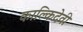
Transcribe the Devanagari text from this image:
काल्किदेवी